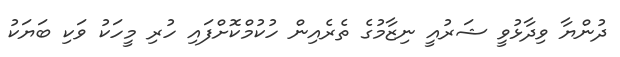
ދުންޔާ ވިދާޅުވީ ޝަރުއީ ނިޒާމުގެ ތެރެއިން ހުކުމްކޮށްފައި ހުރި މީހަކު ވަކި ބަޔަކު